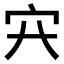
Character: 𡦿